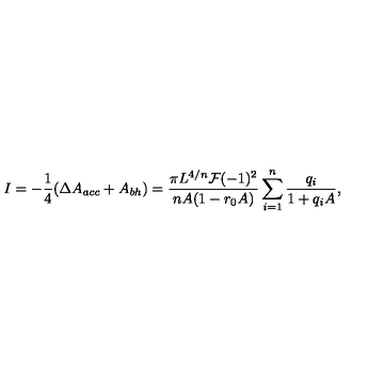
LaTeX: I = - { \frac { 1 } { 4 } } ( \Delta A _ { a c c } + A _ { b h } ) = { \frac { \pi L ^ { 4 / n } { \cal F } ( - 1 ) ^ { 2 } } { n A ( 1 - r _ { 0 } A ) } } \sum _ { i = 1 } ^ { n } { \frac { q _ { i } } { 1 + q _ { i } A } } ,